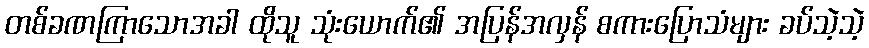
တစ်ခဏကြာသောအခါ ထိုသူ သုံးယောက်၏ အပြန်အလှန် စကားပြောသံများ ခပ်သဲ့သဲ့